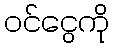
ဝင်ငွေကို